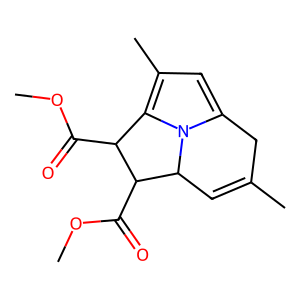
SMILES: COC(=O)C1c2c(C)cc3n2C(C=C(C)C3)C1C(=O)OC
Inhibits HIV replication: Yes